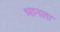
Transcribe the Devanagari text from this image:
भानला